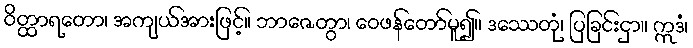
ဝိတ္ထာရတော၊ အကျယ်အားဖြင့်။ ဘာဇေတွာ၊ ဝေဖန်တော်မူ၍။ ဒဿေတုံ၊ ပြခြင်းငှာ။ ဣဒံ၊